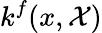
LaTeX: k^{f}(x,\mathcal{X})